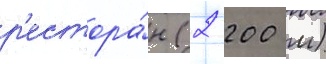
р'естора́н (2 200 м)